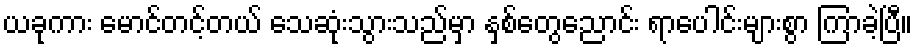
ယခုကား မောင်တင့်တယ် သေဆုံးသွားသည်မှာ နှစ်တွေညောင်း ရာပေါင်းများစွာ ကြာခဲ့ပြီ။